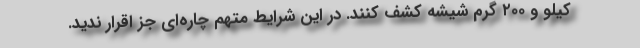
کیلو و ۲۰۰ گرم شیشه کشف کنند. در این شرایط متهم چاره‌ای جز اقرار ندید.